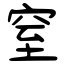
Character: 窒